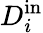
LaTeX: D_{i}^{\mathrm{in}}